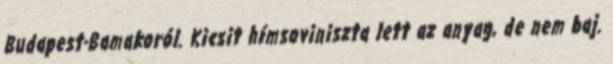
Budapest-Bamakoról. Kicsit hímsoviniszta lett az anyag, de nem baj.